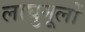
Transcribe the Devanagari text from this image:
लाघुमूलों